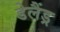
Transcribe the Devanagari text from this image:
डेलैंड्र